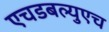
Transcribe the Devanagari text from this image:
एचडबल्युएच